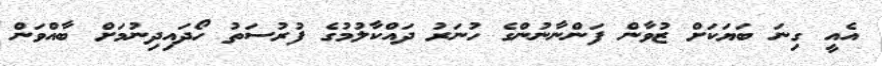
އެއީ ގިނަ ބަޔަކަށް ޒުވާން ފަންނާނުންގެ ހުނަރު ދައްކާލުމުގެ ފުރުސަތު ހޯދައިދިނުމަށް ބާއްވަން